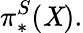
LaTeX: \pi_{*}^{S}(\mathit{X}).